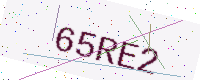
Text: 65RE2